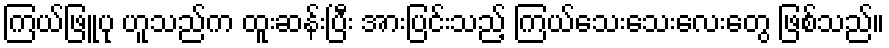
ကြယ်ဖြူပု ဟူသည်က ထူးဆန်းပြီး အားပြင်းသည့် ကြယ်သေးသေးလေးတွေ ဖြစ်သည်။